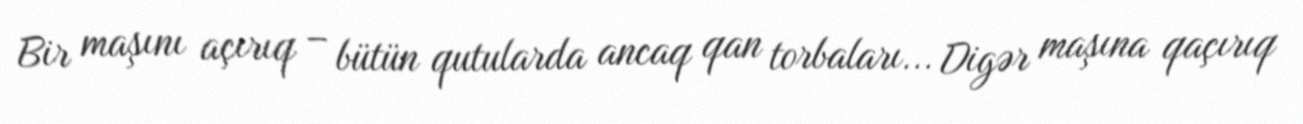
Bir maşını açırıq – bütün qutularda ancaq qan torbaları... Digər maşına qaçırıq